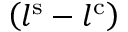
\left( l ^ { \mathrm { s } } - l ^ { \mathrm { c } } \right)